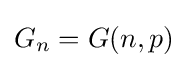
G_{n}=G(n,p)